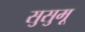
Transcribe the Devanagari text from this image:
सुसुमू